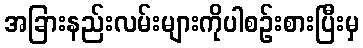
အခြားနည်းလမ်းများကိုပါစဉ်းစားပြီးမှ